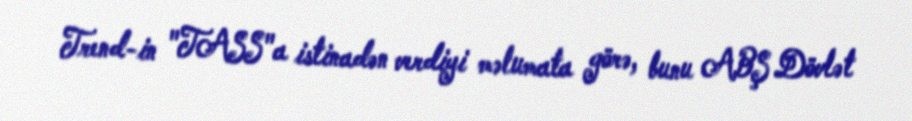
Trend-in "TASS"a istinadən verdiyi məlumata görə, bunu ABŞ Dövlət